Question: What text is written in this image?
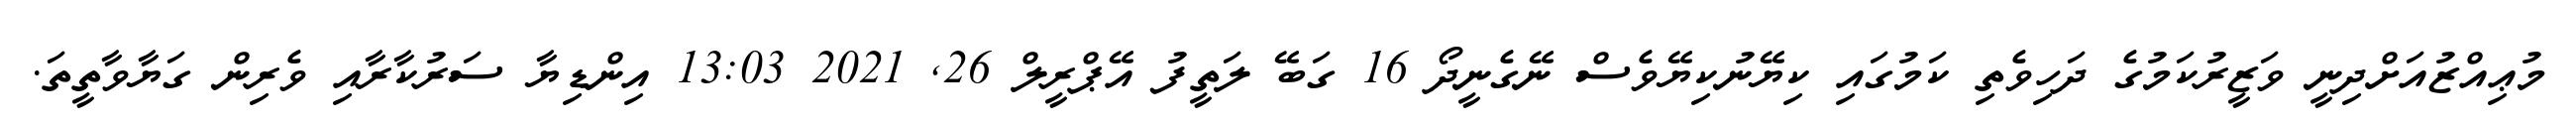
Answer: މުޢިއްޒުއަށްދިނީ ވަޒީރުކަމުގެ ދަހިވެތި ކަމުގައި ކިޔޭނުކިޔޭވެސް ނޭގެނީދޯ 16 ގަބޭ ލަތީފު އޭޕްރީލް 26, 2021 13:03 އިންޑިޔާ ސަރުކާރާއި ވެރިން ގަޔާވާތީތަ.